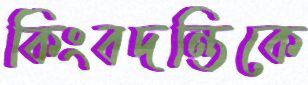
কিংবদন্তিকে